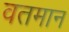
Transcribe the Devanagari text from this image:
वतमान